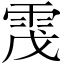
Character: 𩂟